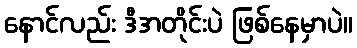
နောင်လည်း ဒီအတိုင်းပဲ ဖြစ်နေမှာပဲ။